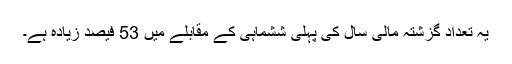
یہ تعداد گزشتہ مالی سال کی پہلی ششماہی کے مقابلے میں 53 فیصد زیادہ ہے۔